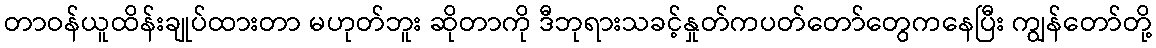
တာဝန်ယူထိန်းချုပ်ထားတာ မဟုတ်ဘူး ဆိုတာကို ဒီဘုရားသခင့်နှုတ်ကပတ်တော်တွေကနေပြီး ကျွန်တော်တို့